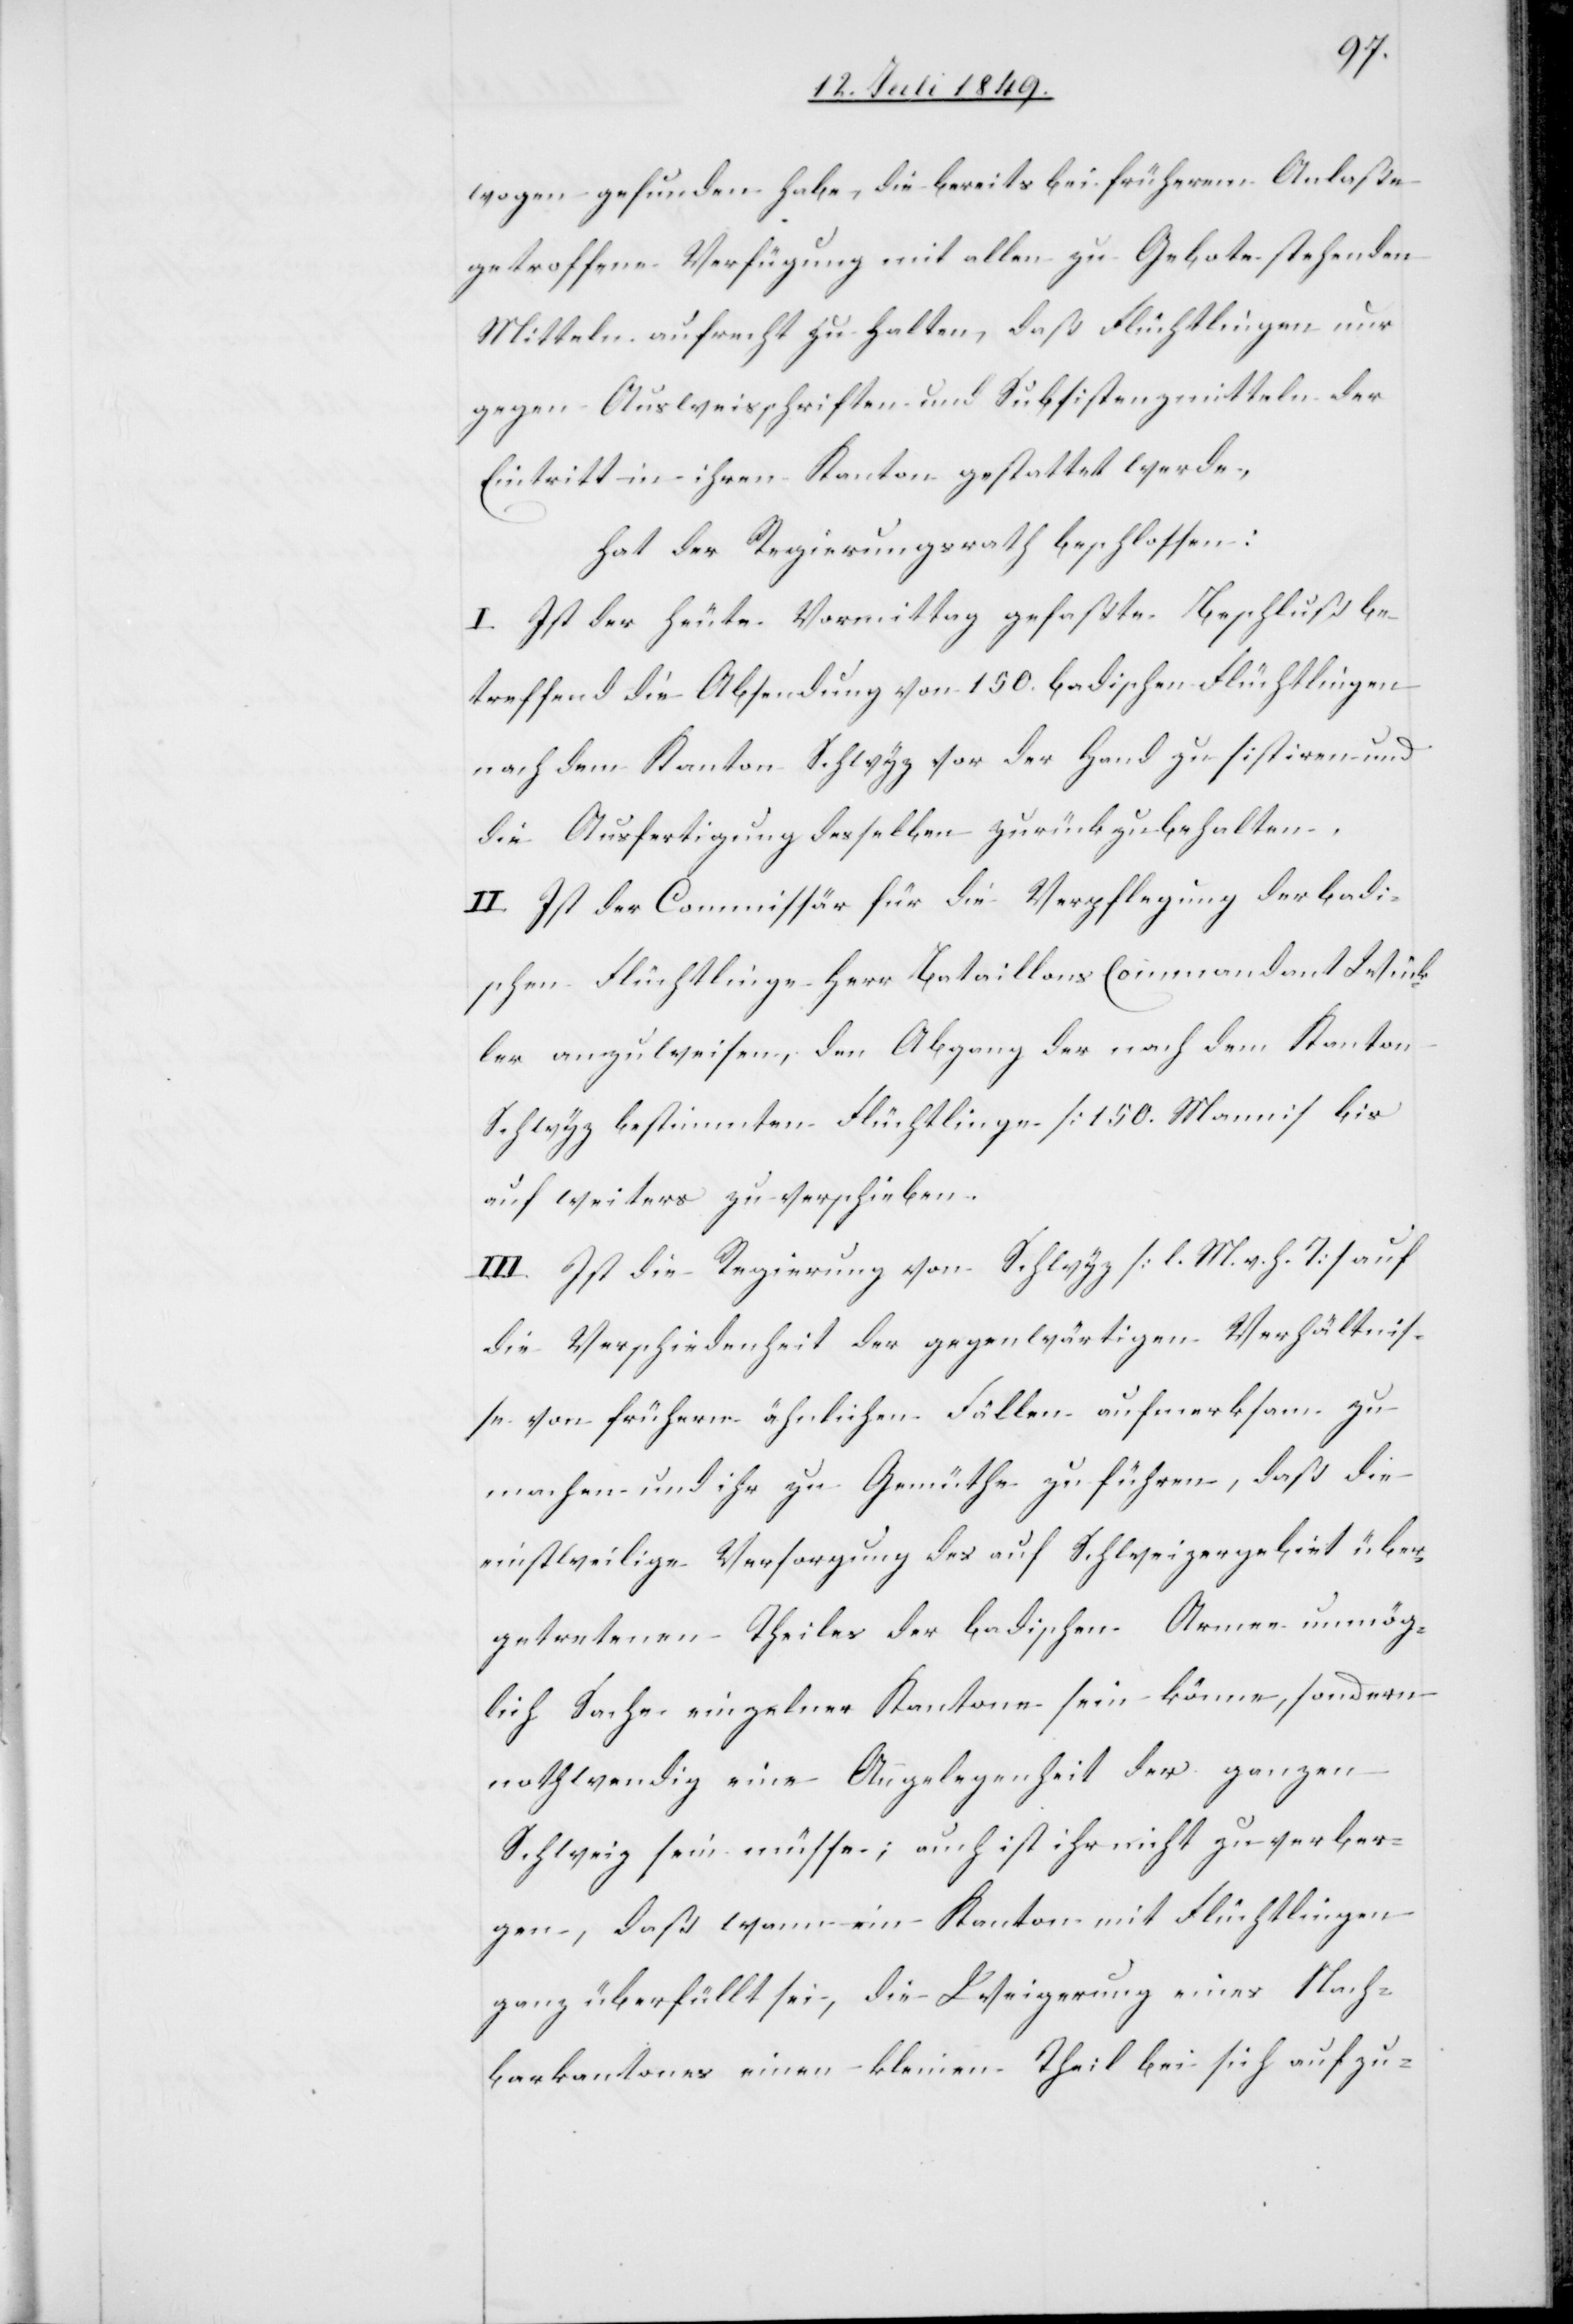
wogen gefunden habe, die bereits bei früherem Anlaße
getroffenen Verfügung mit allen zu Gebote stehenden
Mitteln aufrecht zu halten, daß Flüchtlingen nur
gegen Ausweisschriften und Subsistenzmitteln der
Eintritt in ihren Kanton gestattet werde,
hat der Regierungsrath beschlossen:
I. Ist der heute Vormittag gefaßte Beschluß be¬
treffend die Absendung von 150. badischen Flüchtlingen
nach dem Kanton Schwyz vor der Hand zu sistiren und
die Ausfertigung desselben zurück zu behalten.
II. Ist der Commissär für die Verpflegung der badi¬
schen Flüchtlinge Herr Bataillons Commandant Wück¬
ler anzuweisen, den Abgang der nach dem Kanton
Schwyz bestimmten Flüchtlinge [150. Mann] bis
auf weiters zu verschieben.
III. Ist die Regierung von Schwyz [l. M. v. h. T] auf
die Verschiedenheit der gegenwärtigen Verhältnis¬
se von frühern ähnlichen Fällen aufmerksam zu
machen und ihr zu Gemüthe zu führen, daß die
einstweilige Versorgung des auf Schweizergebiet über¬
getretenen Theiles der badischen Armee unmög¬
lich Sache einzelner Kantone sein könne, sondern
nothwendig eine Angelegenheit der ganzen
Schweiz sein müsse; auch ist ihr nicht zu verber¬
gen, daß wenn ein Kanton mit Flüchtlingen
ganz überfüllt sei, die Weigerung eines Nach¬
barkantones einen kleinen Theil bei sich auf zu-